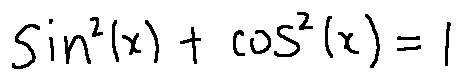
\sin ^ { 2 } ( x ) + \cos ^ { 2 } ( x ) = 1